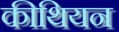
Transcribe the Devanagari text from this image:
कीथियन